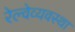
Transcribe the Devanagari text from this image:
रेल्वेव्यवस्था